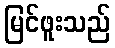
မြင်ဖူးသည်